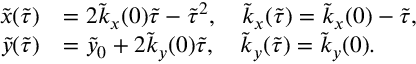
\begin{array} { r l } { \tilde { x } ( \tilde { \tau } ) } & { = 2 \tilde { k } _ { x } ( 0 ) \tilde { \tau } - \tilde { \tau } ^ { 2 } , \quad \tilde { k } _ { x } ( \tilde { \tau } ) = \tilde { k } _ { x } ( 0 ) - \tilde { \tau } , } \\ { \tilde { y } ( \tilde { \tau } ) } & { = \tilde { y } _ { 0 } + 2 \tilde { k } _ { y } ( 0 ) \tilde { \tau } , \quad \tilde { k } _ { y } ( \tilde { \tau } ) = \tilde { k } _ { y } ( 0 ) . } \end{array}